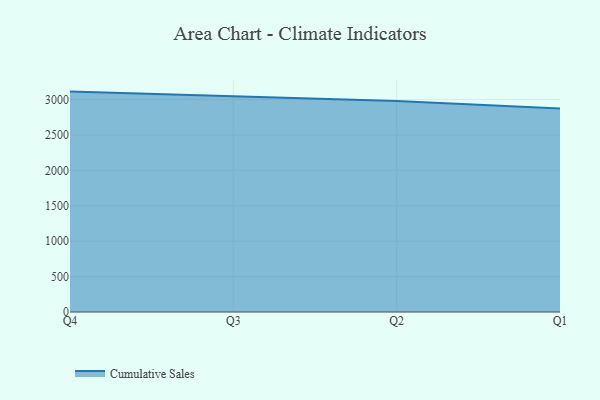
{"axis": {"x": "Quarter", "y": "Budget (USD K)"}, "legend": ["Cumulative Sales"], "data": [{"x": "Q4", "y": 3112.9, "type": "Cumulative Sales"}, {"x": "Q3", "y": 3040.7, "type": "Cumulative Sales"}, {"x": "Q2", "y": 2978.6, "type": "Cumulative Sales"}, {"x": "Q1", "y": 2875.3, "type": "Cumulative Sales"}]}